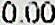
0.00